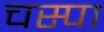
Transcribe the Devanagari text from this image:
चस्‍पा